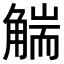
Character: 𧤗